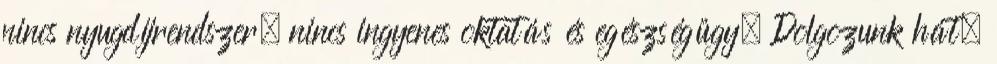
nincs nyugdíjrendszer, nincs ingyenes oktatás és egészségügy, Dolgozunk hát,